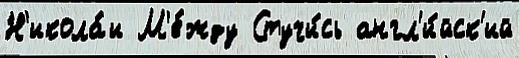
Н'икола́и М'е́жду Стучи́сь англ'и́йск'ий